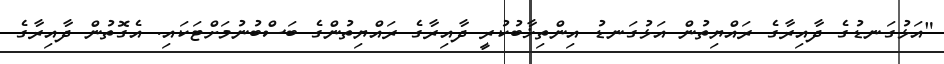
"އަޅުގަނޑުގެ ދާއިރާގެ ރައްޔިތުން އަޅުގަނޑު އިންތިޚާބުކުރީ ދާއިރާގެ ރައްޔިތުންގެ ބަސްބުނުމަށްޓަކައި. އެގޮތުން ދާއިރާގެ